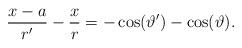
LaTeX: \begin{align*}{x - a \over r'} - {x \over r} = -\cos(\vartheta') - \cos(\vartheta).\end{align*}